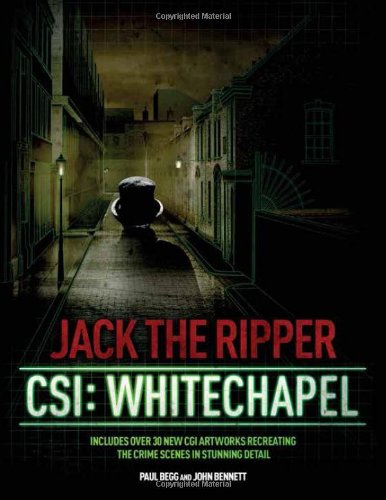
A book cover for Jack the Ripper: CSI: Whitechapel; Paul Begg; Biographies & Memoirs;